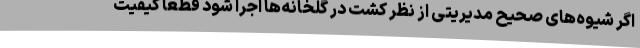
اگر شیوه‌های صحیح مدیریتی از نظر کشت در گلخانه‌ها اجرا شود قطعا کیفیت